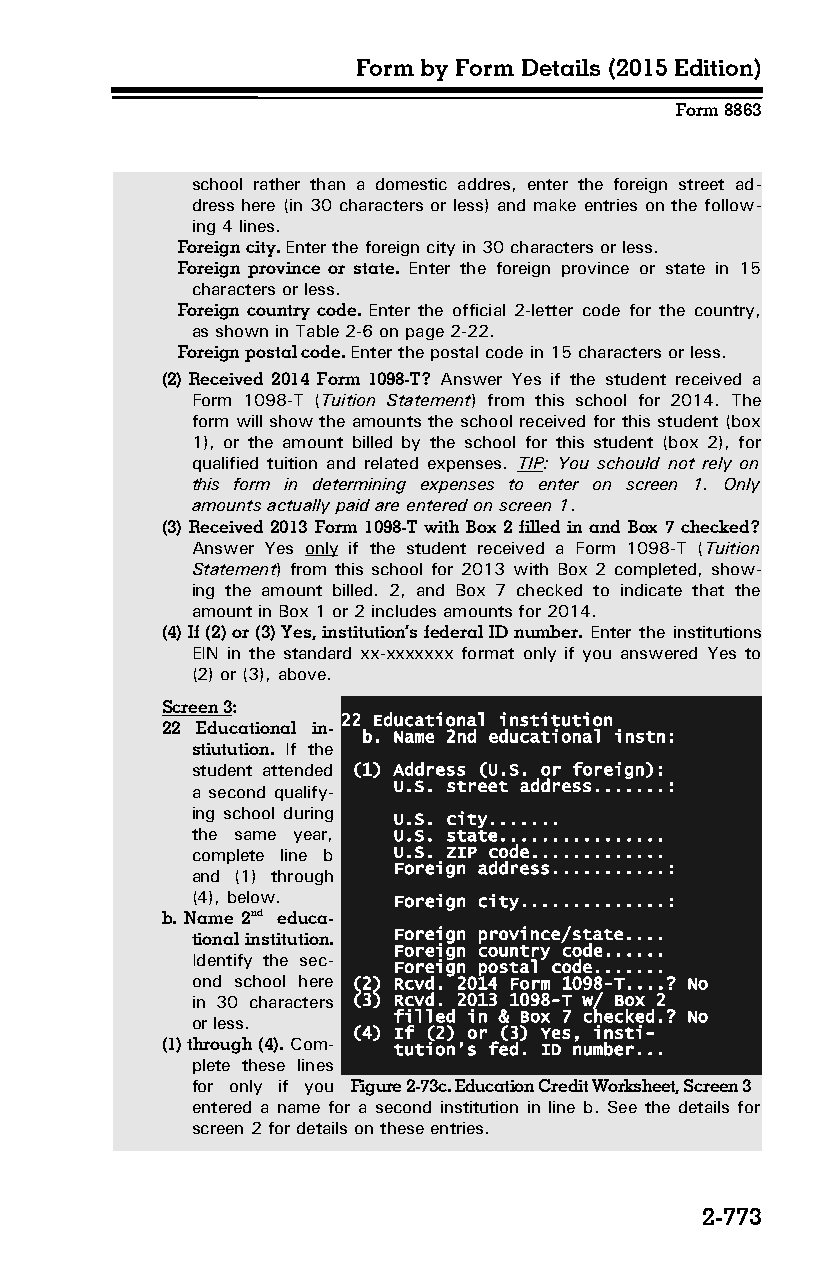
Form by Form Details (2015 Edition)
 Form 8863
 school rather than a domestic addres, enter the foreign street ad­
 dress here (in 30 characters or less) and make entries on the follow­
 ing 4 lines.
 Foreign city. Enter the foreign city in 30 characters or less.
 Foreign province or state. Enter the foreign province or state in 15
 characters or less.
 Foreign country code. Enter the official 2-letter code for the country,
 as shown in Table 2-6 on page 2-22.
 Foreign postal code. Enter the postal code in 15 characters or less.
 (2) Received 2014 Form 1098-T? Answer Yes if the student received a
 Form 1098-T (Tuition Statement) from this school for 2014. The
 form will show the amounts the school received for this student (box
 1), or the amount billed by the school for this student (box 2), for
 qualified tuition and related expenses. TIP: You schould not rely on
 this form in determining expenses to enter on screen 1. Only
 amounts actually paid are entered on screen 1.
 (3) Received 2013 Form 1098-T with Box 2 filled in and Box 7 checked?
 Answer Yes only if the student received a Form 1098-T (Tuition
 Statement) from this school for 2013 with Box 2 completed, show­
 ing the amount billed. 2, and Box 7 checked to indicate that the
 amount in Box 1 or 2 includes amounts for 2014.
 (4) If (2) or (3) Yes, institution’s federal ID number. Enter the institutions
 EIN in the standard xx-xxxxxxx format only if you answered Yes to
 (2) or (3), above.
 Screen 3:
 22 Educational institution
 22 Educational in­
 b. Name 2nd educational instn:
 stiutution. If the
 student attended (1) Address (U.S. or foreign):
 a second qualify­ U.S. street address.......:
 ing school during
 U.S. city.......
 the same year, U.S. state................
 complete line b U.S. ZIP code.............
 Foreign address...........:
 and (1) through
 (4), below.  Foreign city..............:
 b. Name 2nd educa­
 tional institution. Foreign province/state....
 Foreign country code......
 Identify the sec­
 Foreign postal code.......
 ond school here (2) Rcvd. 2014 Form 1098-T....? No
 in 30 characters (3) Rcvd. 2013 1098-T w/ Box 2
 filled in & Box 7 checked.? No
 or less.
 (4) If (2) or (3) Yes, insti-
 (1) through (4). Com­ tution’s fed. ID number...
 plete these lines
 for only if you Figure 2-73c. Education Credit Worksheet, Screen 3
 entered a name for a second institution in line b. See the details for
 screen 2 for details on these entries.
 2-773